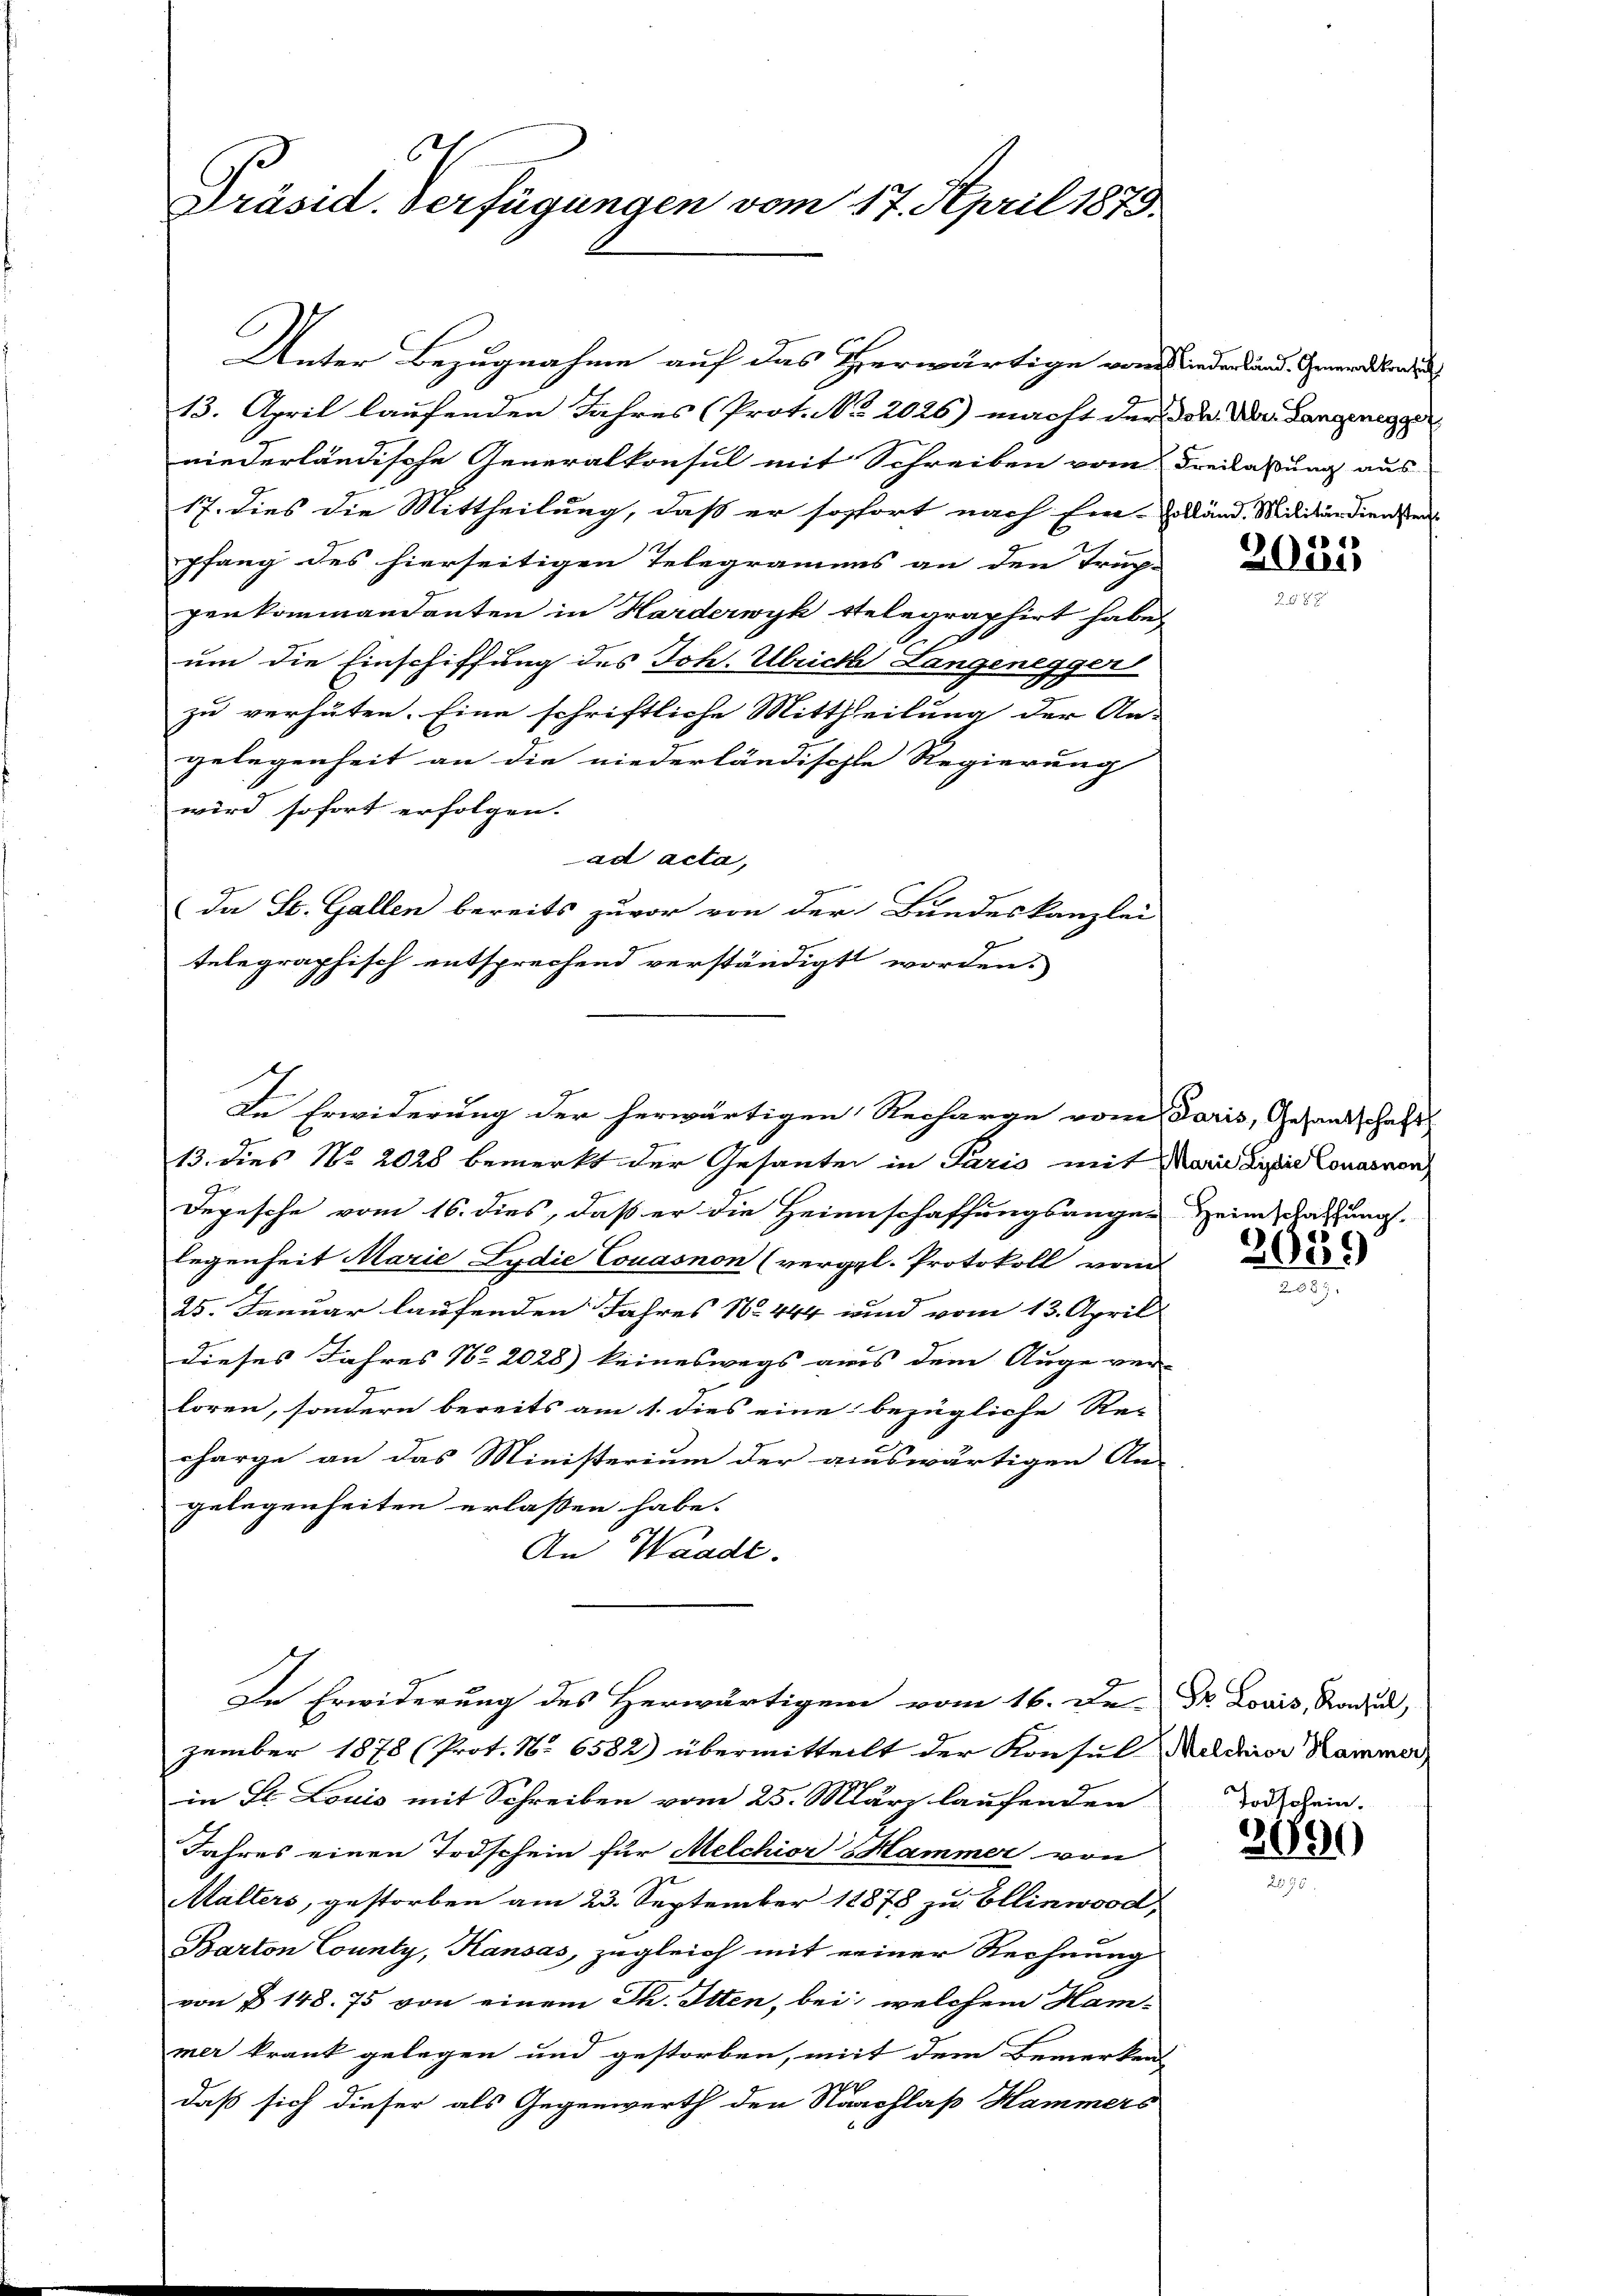
6
Präsid. Verfügungen vom 17. April 1873.

Unter Bezugnahme auf das Herwärtige von Niederland. Gewerdende
13. April laufenden Jahres (Prot. No. 2026) macht der Dr. der Langenegger
niederländische Generalkonsul mit Schreiben vom Freilassung aus
17. dies die Mittheilung, daß er sofort nach Ein-Zolland Militärdiensten
pfang des hierseitigen Telegramens an den Trup-
genkommandanten in Harderwyk stelegraphirt habe,
um die Einschiffung des Joh. Ulriche Langenegger
zu verhüten. Eine schriftliche Mittheilung der An-
gelegenheit an die niederländische Regierung
wird sofort erfolgen.
ad acta,
da St. Gallen bereits zuvor von der Bundeskanzlei
telegraphisch entsprechend verständigt worden.
13. dies No. 2028 bemerkt der Gesanten in Paris mit Marie Linie Konasnan
Depesche vom 16. dies, daß er die Heinschaffungsangen Heimathung
legenheit Marie Lydie Couasnon (vergl. Protokoll vom
25. Januar laufenden Jahres No 444 und vom 13. April
dieses Jahres No 2028) keineswegs aus dem Auge ver-
loren, sondern bereits am 1. dies eine bezügliche Re-
charge an das Ministerium der auswärtigen An-
gelegenheiten erlassen habe.
An Waadt.
In Erwiderung des Herwärtigem vom 16. De Dr. Louis, Radu,
zember 1878 (Prot. No 6582) übermitteilt der Konsul Mildnior Kammer,
in St. Louis mit Schreiben vom 25. März laufenden
Jahres einen Todschein für Melchior Hammer von
Malters, gestorben am 23. September 18878 zu Ellinwood,
Barton County, Hansas, zugleich mit einer Rechnung
von § 148. 75 von einem Th. Itten, bei, welchem Hammer krank gelegen und gestorben, mit dem Bemerken-
daß sich dieser als Gegenwerth den Nachlaß Hammers

Die Erwiderung der herwärtigen Recharge vom Paris, Gesandschaft

S 1

20er

2639

Todschein.

3090